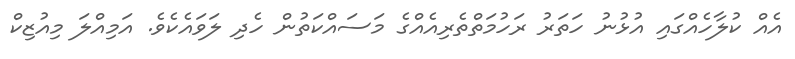
އެއް ކުލާހެއްގައި އުޅުނު ހަތަރު ރަހުމަތްތެރިއެއްގެ މަސައްކަތުން ހެދި ލަވައެކެވެ. އަމިއްލަ މިއުޒިކް